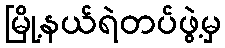
မြို့နယ်ရဲတပ်ဖွဲ့မှ